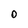
Character: 0